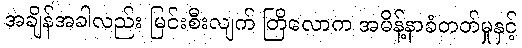
အချိန်အခါလည်း မြင်းစီးလျက် တြိလောက အမိန့်နာခံတတ်မှုနှင့်